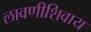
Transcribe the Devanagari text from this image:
लावणीशिवाय